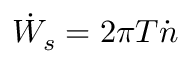
{ \dot { W } } _ { s } = 2 \pi T { \dot { n } }